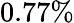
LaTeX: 0.77\%